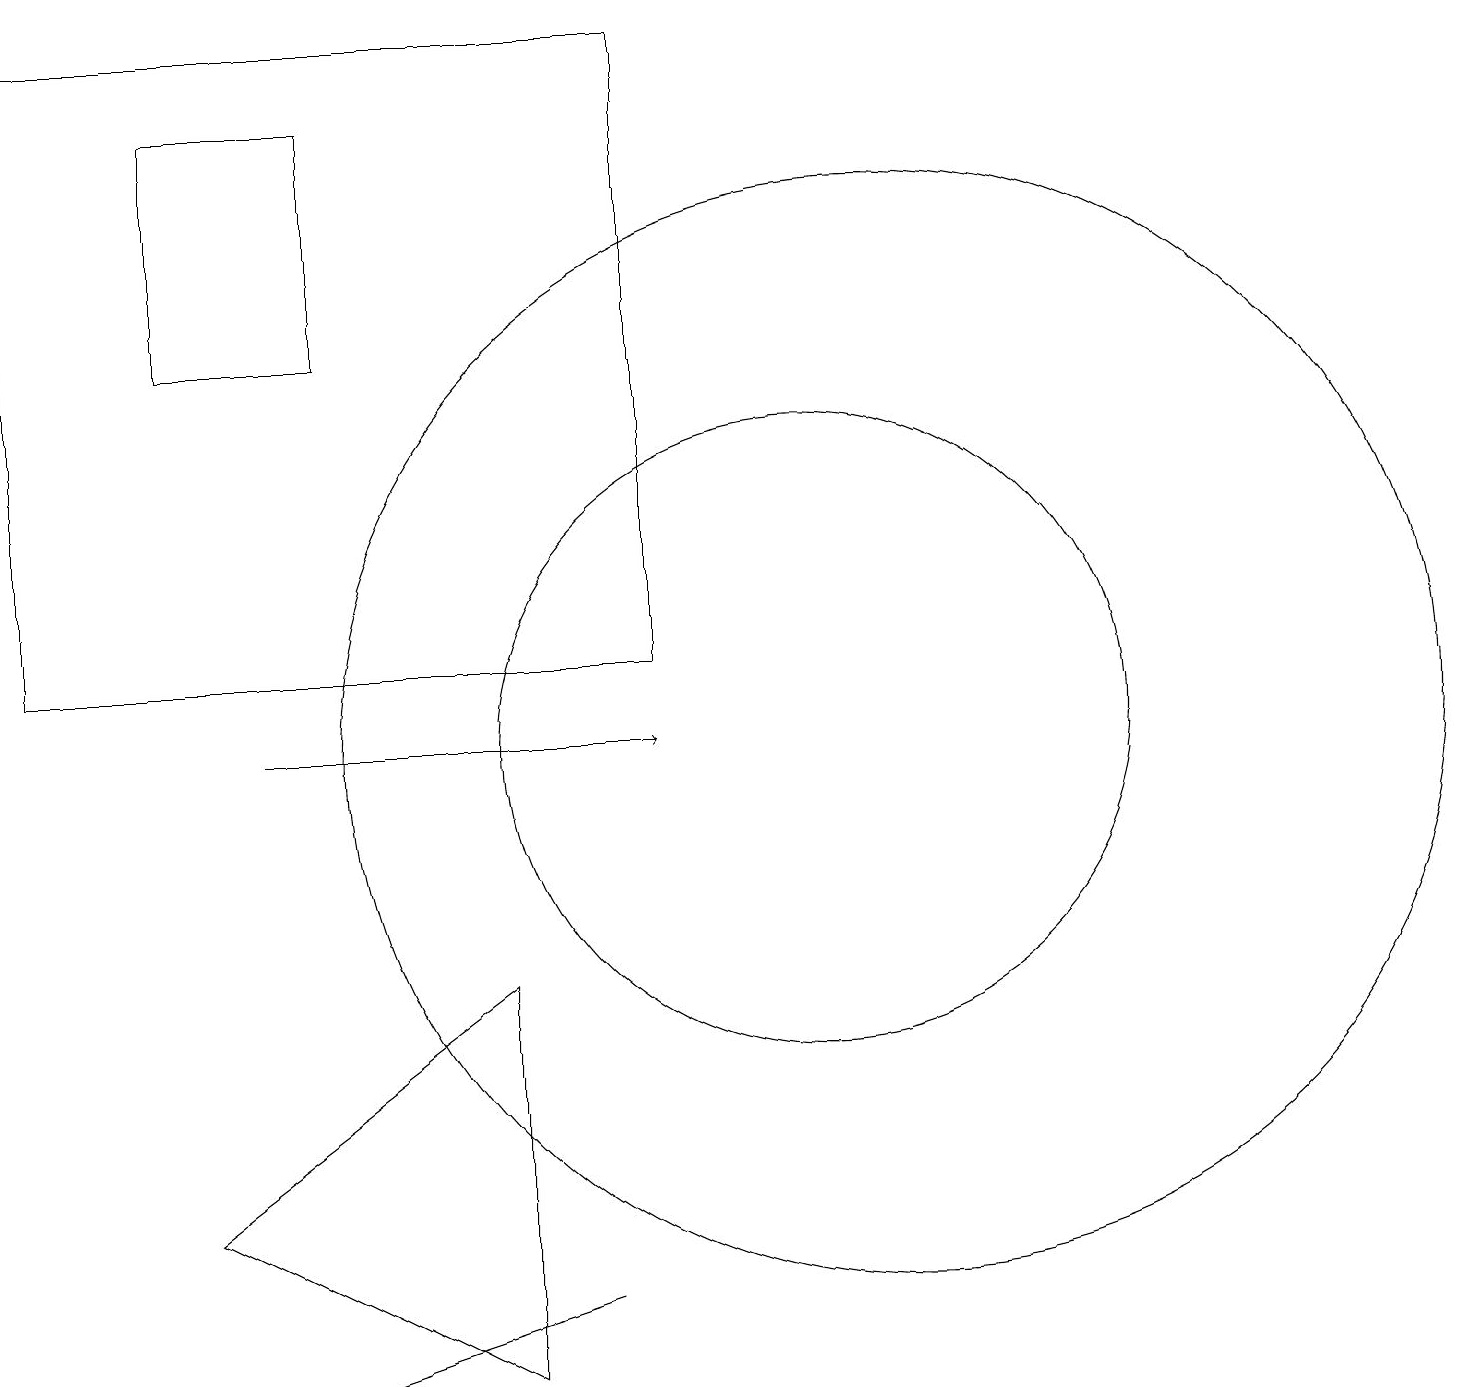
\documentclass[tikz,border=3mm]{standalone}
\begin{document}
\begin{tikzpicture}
\draw (7,3) -- (4,2) -- (7,3) -- cycle;
\draw (4,18) rectangle (2,15);
\draw (0,19) rectangle (8,11);
\draw[->] (3,10) -- (8,10);
\draw (11,10) circle (7);
\draw (6,7) -- (2,4) -- (6,2) -- cycle;
\draw (10,10) circle (4);
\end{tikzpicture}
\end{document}